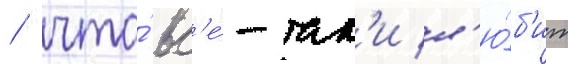
/ что́ вс'е́-так'и л'ю́б'ит